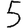
Digit: 5